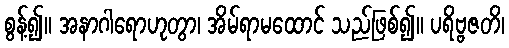
စွန့်၍။ အနာဂါရောဟုတွာ၊ အိမ်ရာမထောင် သည်ဖြစ်၍။ ပရိဗ္ဗဇတိ၊